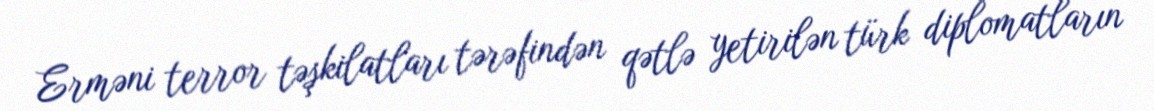
Erməni terror təşkilatları tərəfindən qətlə yetirilən türk diplomatların